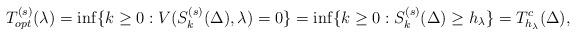
LaTeX: \begin{align*}T_{opt}^{(s)}{(\lambda)}=\inf\{k\geq 0:V(S_k^{(s)}(\Delta),\lambda)=0\}=\inf\{k\geq 0:S_k^{(s)}(\Delta)\geq h_{\lambda}\}=T_{h_{\lambda}}^c(\Delta),\end{align*}